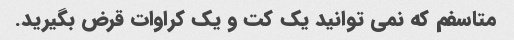
متاسفم که نمی توانید یک کت و یک کراوات قرض بگیرید.